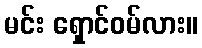
မင်း ရှောင်ဝမ်လား။